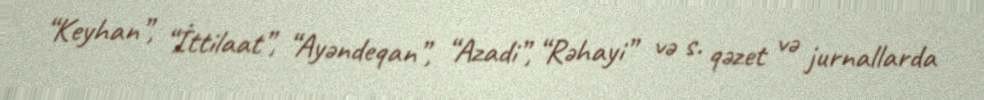
“Keyhan”, “İttilaat”, “Ayəndeqan”, “Azadi”, “Rəhayi” və s. qəzet və jurnallarda